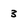
Character: 3